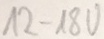
Text: 12-18V